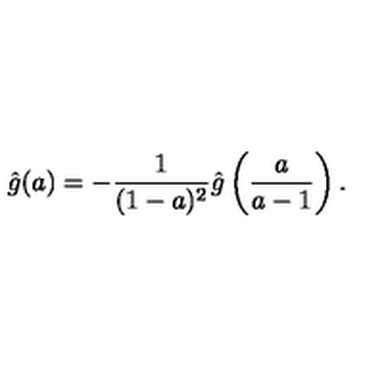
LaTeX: \hat { g } ( a ) = - { \frac { 1 } { ( 1 - a ) ^ { 2 } } } \hat { g } \left( { \frac { a } { a - 1 } } \right) .